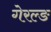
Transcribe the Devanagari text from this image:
गेरल्ङ